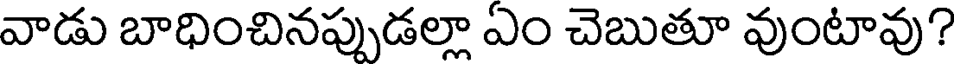
వాడు బాధించినప్పుడల్లా ఎం చెబుతూ వుంటావు?